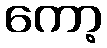
ကော့